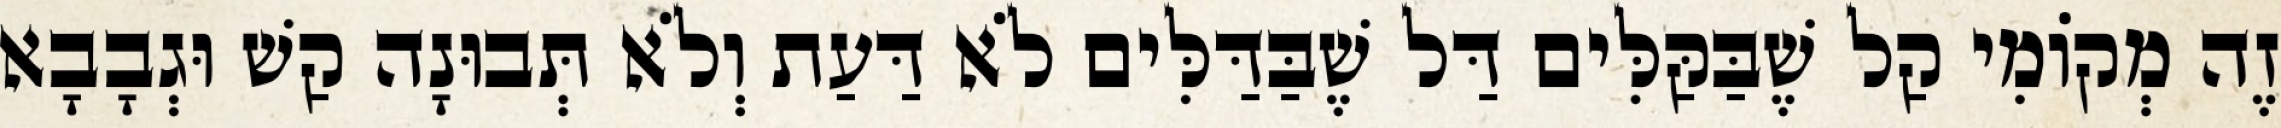
זֶה מְקוֹמִי קַל שֶׁבַּקַּלִּים דַּל שֶׁבַּדַּלִּים לֹא דַּעַת וְלֹא תְּבוּנָה קַשׁ וּגְבָבָא